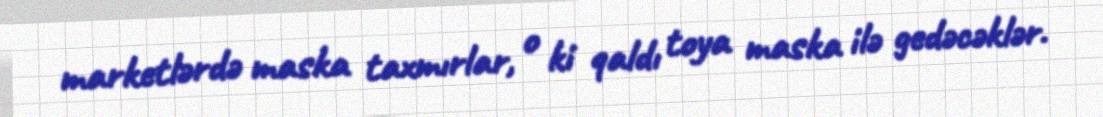
marketlərdə maska taxmırlar, o ki qaldı toya maska ilə gedəcəklər.